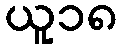
ယူ၁၈